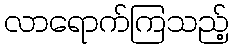
လာရောက်ကြသည့်